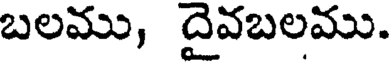
బలము, దైవబలము.